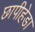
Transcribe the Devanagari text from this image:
छापीहेडा